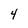
Character: 4